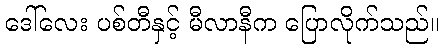
ဒေါ်လေး ပစ်တီနှင့် မီလာနီက ပြောလိုက်သည်။